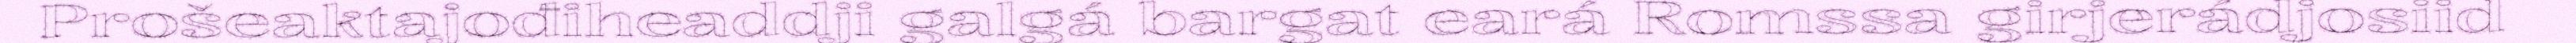
Prošeaktajođiheaddji galgá bargat eará Romssa girjerádjosiid